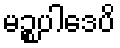
မဉ္စပါဒေပိ